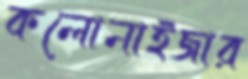
কলোনাইজার